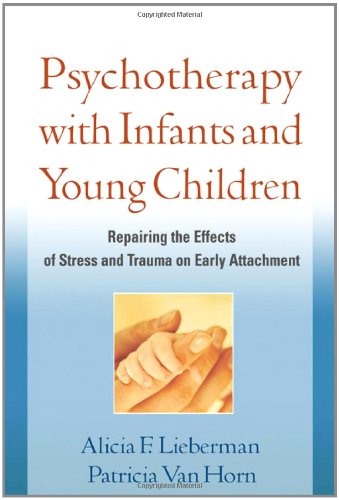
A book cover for Psychotherapy with Infants and Young Children: Repairing the Effects of Stress and Trauma on Early Attachment; Alicia F. Lieberman; Medical Books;